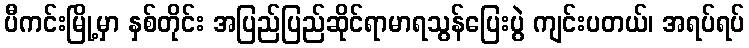
ပီကင်းမြို့မှာ နှစ်တိုင်း အပြည်ပြည်ဆိုင်ရာမာရသွန်ပြေးပွဲ ကျင်းပတယ်၊ အရပ်ရပ်